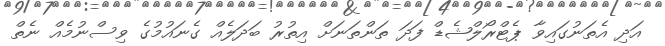
އަދި އެތަނުގައިވާ ޕެޓްރޯލްޝެޑް ފަދަ ތަންތަނަށް އިތުރު ބަދަލެެއް ގެނައުމުގެ ވިސްނުމެއް ނެތް